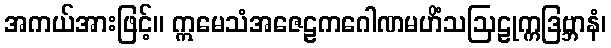
အကယ်အားဖြင့်။ ဣမေသံအဇေဠကဂေါဏမဟိံသဩဠုက္ကဒြဗ္ဘာနံ၊